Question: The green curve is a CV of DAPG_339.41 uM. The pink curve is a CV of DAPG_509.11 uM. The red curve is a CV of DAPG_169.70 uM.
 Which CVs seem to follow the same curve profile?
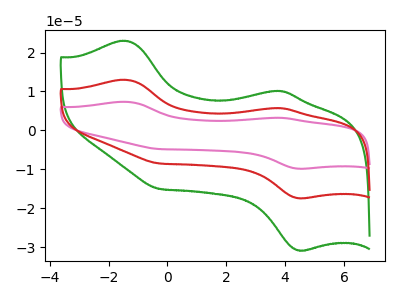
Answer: <think>The green curve "DAPG_339.41 uM" has anodic peaks at (-1.45V, 23.05uA) (3.80V, 10.15uA) and cathodic peaks at (4.50V, -30.85uA) (-0.30V, -15.00uA). The pink curve "DAPG_509.11 uM" has anodic peaks at (-1.45V, 26.00uA) (3.80V, 11.50uA) and cathodic peaks at (4.50V, -34.85uA) (-0.30V, -16.95uA). The red curve "DAPG_169.70 uM" has anodic peaks at (-1.45V, 13.00uA) (3.80V, 5.75uA) and cathodic peaks at (4.50V, -17.40uA) (-0.30V, -8.50uA).
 All the peaks in "DAPG_339.41 uM" have a peak in "DAPG_509.11 uM" at the same potential. Every peak in "DAPG_339.41 uM" is lower than every peak in "DAPG_509.11 uM". All the peaks in "DAPG_339.41 uM" have a peak in "DAPG_169.70 uM" at the same potential. Every peak in "DAPG_339.41 uM" is higher than every peak in "DAPG_169.70 uM". All the peaks in "DAPG_509.11 uM" have a peak in "DAPG_169.70 uM" at the same potential. Every peak in "DAPG_509.11 uM" is higher than every peak in "DAPG_169.70 uM".</think>
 <answer>"DAPG_339.41 uM", "DAPG_509.11 uM" and "DAPG_169.70 uM" have the same shape and are likely CV's of the same chemical.</answer>
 <eval>"DAPG_339.41 uM" "DAPG_509.11 uM" "DAPG_169.70 uM"</eval>